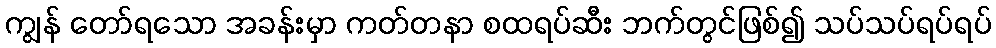
ကျွန် တော်ရသော အခန်းမှာ ကတ်တနာ စထရပ်ဆီး ဘက်တွင်ဖြစ်၍ သပ်သပ်ရပ်ရပ်